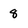
Character: 8